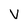
Character: V